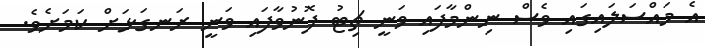
އެ މައްސަލައިގައި ވެސް ނިންމާފައި ވަނީ ޗިޓު ފޮނުވާފައި ވަނީ ރަނގަޅަށް ކަމަށެވެ.